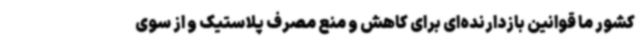
کشور ما قوانین بازدارنده‌ای برای کاهش و منع مصرف پلاستیک و از سوی